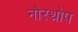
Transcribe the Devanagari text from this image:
नोरथ्रोप